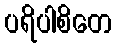
ပရိပါစိတေ